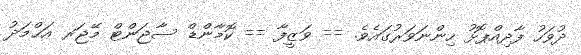
ދުވަހު ފާދިއްޕޮޅު ހިންނަވަރުގައެވެ. == ވަޒީފާ == ކޮމާންޑް ސާޖަންޓް މޭޖަރ އަޙްމަދު